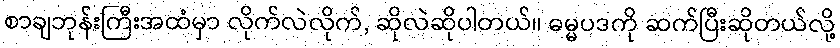
စာချဘုန်းကြီးအထံမှာ လိုက်လဲလိုက်, ဆိုလဲဆိုပါတယ်။ ဓမ္မပဒကို ဆက်ပြီးဆိုတယ်လို့